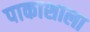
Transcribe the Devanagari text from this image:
पाकाशाला